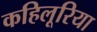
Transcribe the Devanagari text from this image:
कहिलूरिया